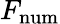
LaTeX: F_{\mathrm{num}}